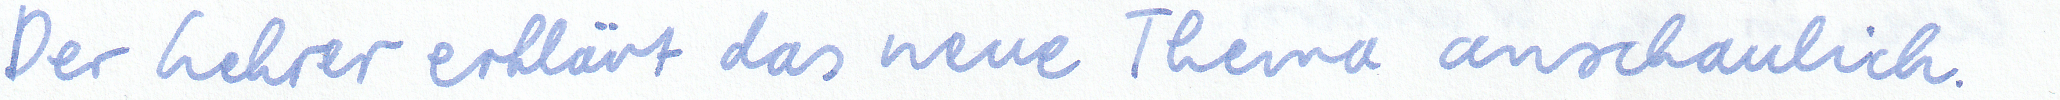
Der Lehrer erklärt das neue Thema anschaulich.